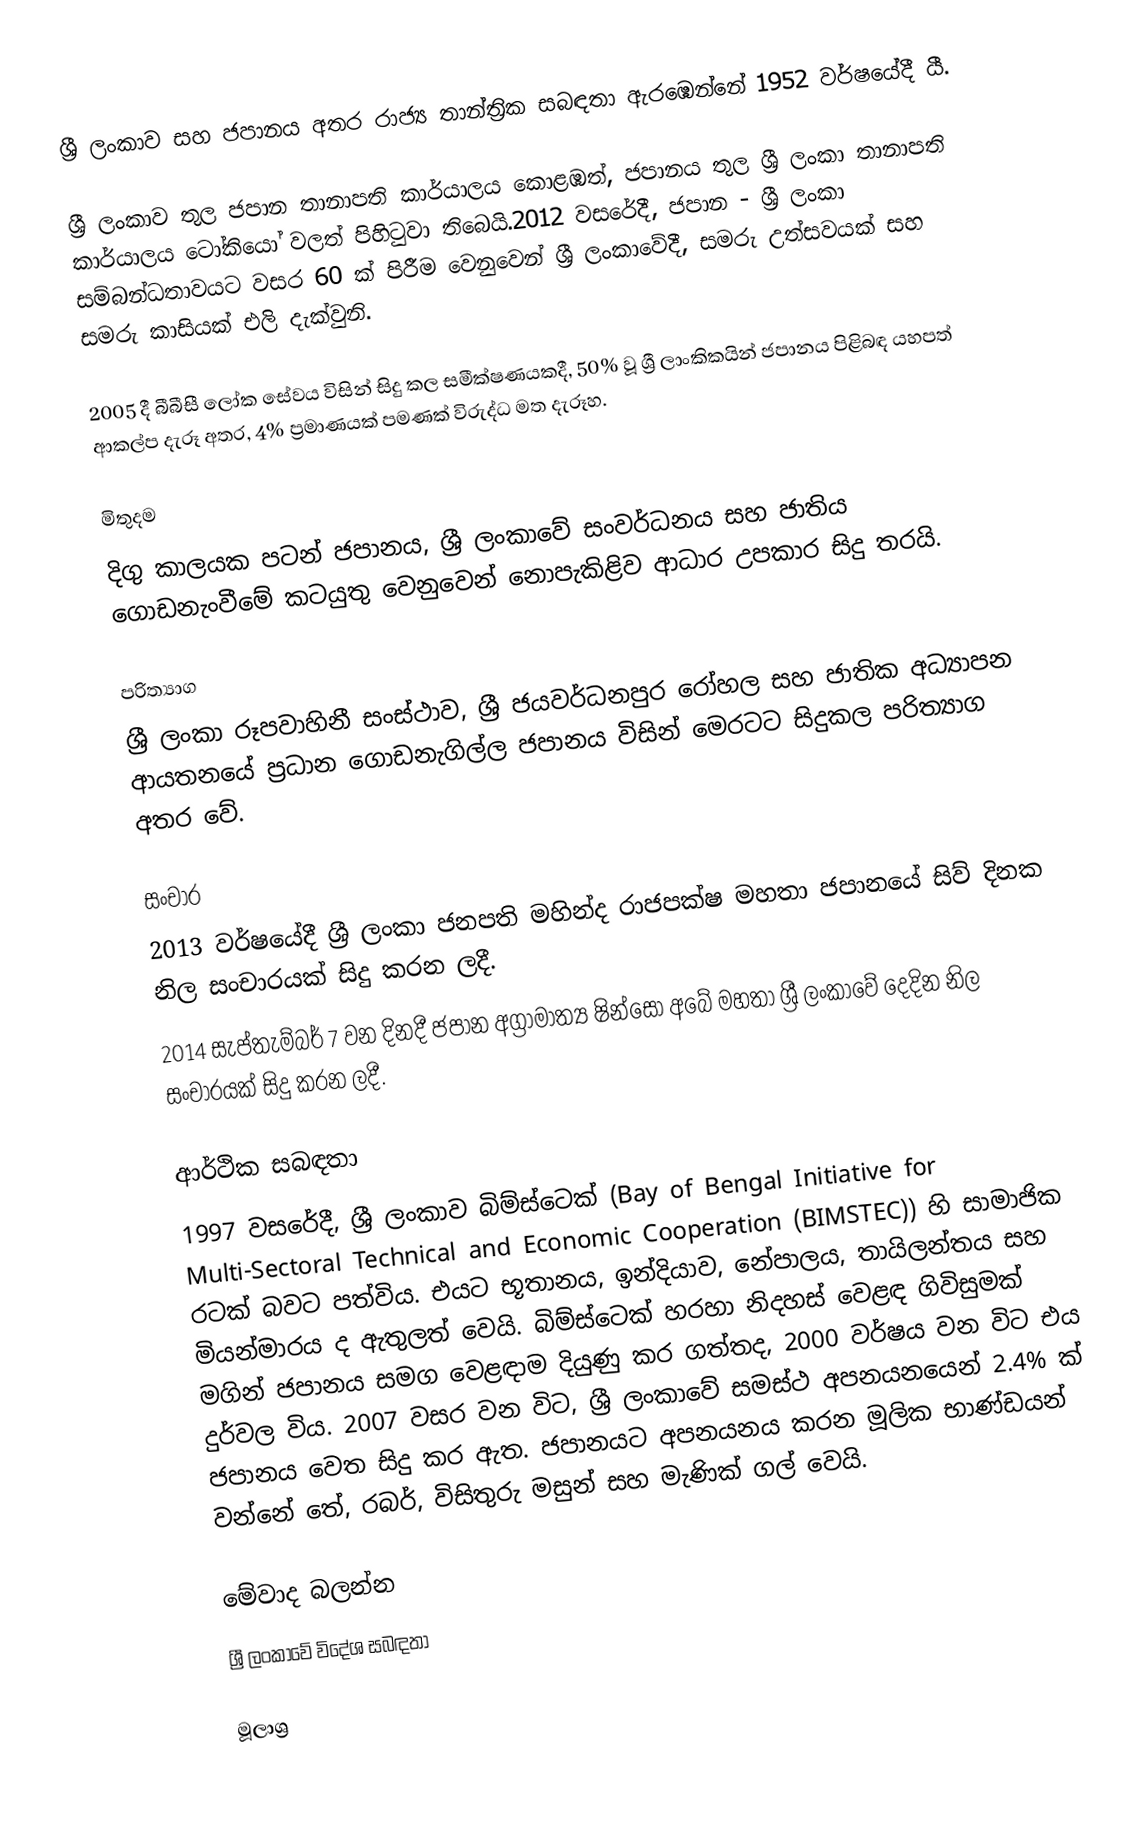
ශ්‍රී ලංකාව සහ ජපානය අතර රාජ්‍ය තාන්ත්‍රික සබඳතා ඇරඹෙන්නේ 1952 වර්ෂයේදී යී.

ශ්‍රී ලංකාව තුල ජපාන තානාපති කාර්යාලය කොළඹත්, ජපානය තුල ශ්‍රී ලංකා තානාපති කාර්යාලය ටෝකියෝ වලත් පිහිටුවා තිබෙයි.2012 වසරේදී, ජපාන - ශ්‍රී ලංකා සම්බන්ධතාවයට වසර 60 ක් පිරීම වෙනුවෙන් ශ්‍රී ලංකාවේදී, සමරු උත්සවයක් සහ සමරු කාසියක් එලි දැක්වුනි.

2005 දී බීබීසී ලෝක සේවය විසින් සිදු කල සමීක්ෂණයකදී, 50% වූ ශ්‍රී ලාංකිකයින් ජපානය පිළිබඳ යහපත් ආකල්ප දැරූ අතර, 4% ප්‍රමාණයක් පමණක් විරුද්ධ මත දැරූහ.

මිතුදම
දිගු කාලයක පටන් ජපානය, ශ්‍රී ලංකාවේ සංවර්ධනය සහ ජාතිය ගොඩනැංවීමේ කටයුතු වෙනුවෙන් නොපැකිළිව ආධාර උපකාර සිදු තරයි.

පරිත්‍යාග
ශ්‍රී ලංකා රූපවාහිනී සංස්ථාව, ශ්‍රී ජයවර්ධනපුර රෝහල සහ ජාතික අධ්‍යාපන ආයතනයේ ප්‍රධාන ගොඩනැගිල්ල ජපානය විසින් මෙරටට සිදුකල පරිත්‍යාග අතර වේ.

සංචාර
2013 වර්ෂයේදී ශ්‍රී ලංකා ජනපති මහින්ද රාජපක්ෂ මහතා ජපානයේ සිව් දිනක නිල සංචාරයක් සිදු කරන ලදී.
2014 සැප්තැම්බර් 7 වන දිනදී ජපාන අග්‍රාමාත්‍ය ෂින්සෝ අබේ මහතා ශ්‍රී ලංකාවේ දෙදින නිල සංචාරයක් සිදු කරන ලදී.

ආර්ථික සබඳතා
1997 වසරේදී, ශ්‍රී ලංකාව බිම්ස්ටෙක් (Bay of Bengal Initiative for Multi-Sectoral Technical and Economic Cooperation (BIMSTEC)) හි සාමාජික රටක් බවට පත්විය. එයට භූතානය, ඉන්දියාව, නේපාලය, තායිලන්තය සහ මියන්මාරය ද ඇතුලත් වෙයි. බිම්ස්ටෙක් හරහා නිදහස් වෙළඳ ගිවිසුමක් මගින් ජපානය සමග වෙළඳාම දියුණු කර ගත්තද, 2000 වර්ෂය වන විට එය දුර්වල විය. 2007 වසර වන විට, ශ්‍රී ලංකාවේ සමස්ථ අපනයනයෙන් 2.4% ක් ජපානය වෙත සිදු කර ඇත. ජපානයට අපනයනය කරන මූලික භාණ්ඩයන් වන්නේ තේ, රබර්, විසිතුරු මසුන් සහ මැණික් ගල් වෙයි.

මේවාද බලන්න
 ශ්‍රී ලංකාවේ විදේශ සබඳතා

මූලාශ්‍ර